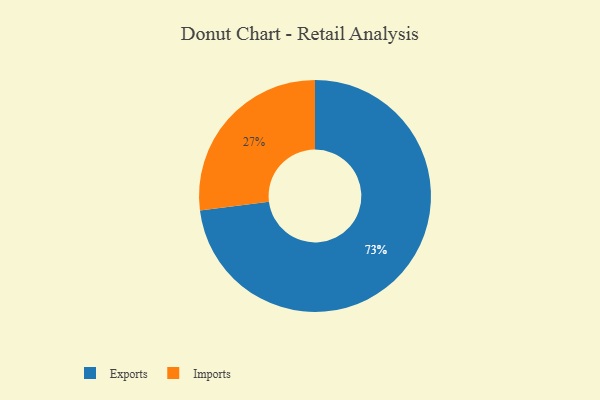
{"axis": {"x": "Category", "y": "Percentage"}, "legend": ["Exports", "Imports"], "data": [{"x": "Imports", "y": 27, "type": "Imports"}, {"x": "Exports", "y": 73, "type": "Exports"}]}